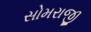
સોમરાજી